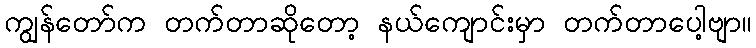
ကျွန်တော်က တက်တာဆိုတော့ နယ်ကျောင်းမှာ တက်တာပေါ့ဗျာ။